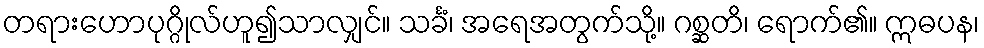
တရားဟောပုဂ္ဂိုလ်ဟူ၍သာလျှင်။ သင်္ခံ၊ အရေအတွက်သို့။ ဂစ္ဆတိ၊ ရောက်၏။ ဣဓပန၊